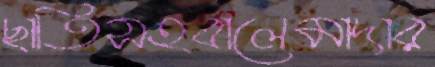
ছাতিসহবালেমাদার